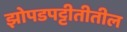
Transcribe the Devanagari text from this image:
झोपडपट्टीतीतील